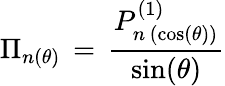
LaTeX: \Pi_{n(\theta)}\, =\, \frac{P_{n\, (\cos(\theta))}^{(1)}}{\sin(\theta)}